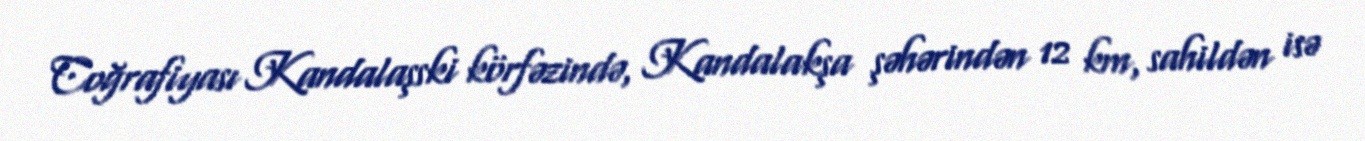
Coğrafiyası Kandalaşski körfəzində, Kandalakşa şəhərindən 12 km, sahildən isə